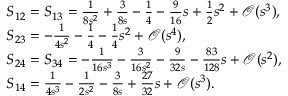
\begin{array} { r l } & { S _ { 1 2 } = S _ { 1 3 } = \frac { 1 } { 8 s ^ { 2 } } + \frac { 3 } { 8 s } - \frac { 1 } { 4 } - \frac { 9 } { 1 6 } s + \frac { 1 } { 2 } s ^ { 2 } + \mathcal { O } ( s ^ { 3 } ) , } \\ & { S _ { 2 3 } = - \frac { 1 } { 4 s ^ { 2 } } - \frac { 1 } { 4 } - \frac { 1 } { 4 } s ^ { 2 } + \mathcal { O } ( s ^ { 4 } ) , } \\ & { S _ { 2 4 } = S _ { 3 4 } = - \frac { 1 } { 1 6 s ^ { 3 } } - \frac { 3 } { 1 6 s ^ { 2 } } - \frac { 9 } { 3 2 s } - \frac { 8 3 } { 1 2 8 } s + \mathcal { O } ( s ^ { 2 } ) , } \\ & { S _ { 1 4 } = \frac { 1 } { 4 s ^ { 3 } } - \frac { 1 } { 2 s ^ { 2 } } - \frac { 3 } { 8 s } + \frac { 2 7 } { 3 2 } s + \mathcal { O } ( s ^ { 3 } ) . } \end{array}